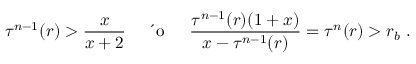
\tau ^ { n - 1 } ( r ) > \frac { x } { x + 2 } \; \; \; \; { \mathrm { ~ \' ~ o ~ } } \; \; \; \; \frac { \tau ^ { n - 1 } ( r ) ( 1 + x ) } { x - \tau ^ { n - 1 } ( r ) } = \tau ^ { n } ( r ) > r _ { b } \; .